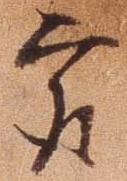
最